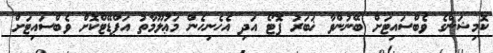
ކޮމިޝަންގެ ވެބްސައިޓަށް ބޭނުންވާ ޚަބަރު ފޮޓޯ އަދި އެހެނިހެން މަޢުލޫމާތު އަޕްޑޭޓްކޮށް ވެބްސައިޓަށް